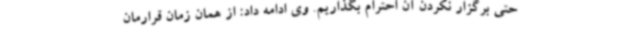
حتی برگزار نکردن آن احترام بگذاریم. وی ادامه داد: از همان زمان قرارمان